Vaccination Hyderabad 1890-1903 - 1890-1903
Year: 1890
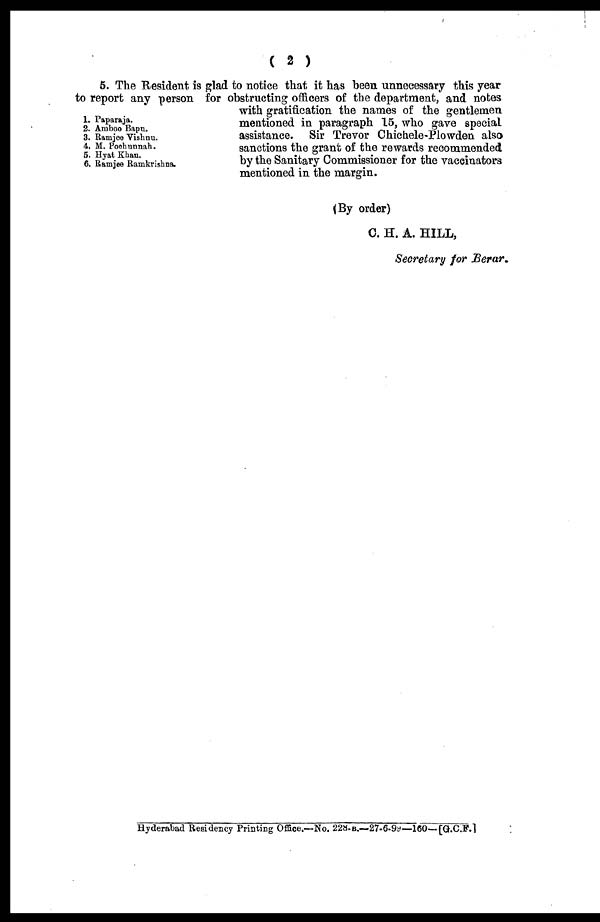
( 2 )
1.
2.
3.
4.
5.
6.
Paparaja.
Amboo Bapu.
Ramjee Vishnu.
M. Poohunnah.
Hyat Khan.
Ramjee Ramkrishna.
5. The Resident is glad to notice that it has been unnecessary this year
to report any person for obstructing officers of the department, and notes
with gratification the names of the gentlemen
mentioned in paragraph 15, who gave special
assistance. Sir Trevor Chichele-Plowden also
sanctions the grant of the rewards recommended
by the Sanitary Commissioner for the vaccinators
mentioned in the margin.
(By order)
C. H. A. HILL,
Secretary for Berar.
Hyderabad Residency Printing Office.—No. 228-B.—27-6.99—160—[G.C.F.l